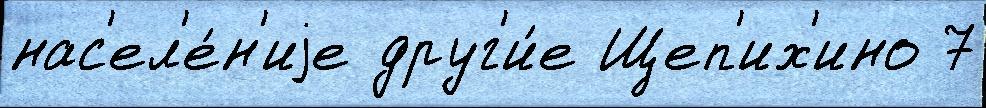
нас'ел'е́н'иjе друг'и́е Щеп'их'ино 7